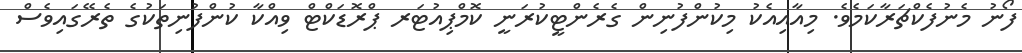
ފޯނު މެނުފެކްޗަރާކަމެވެ. މިއާއިއެކު މިކުންފުނިން ގެރެންޓީކުރަނީ ކޮމްޕިއުޓަރ ޕްރޮޑަކްޓް ވިއްކާ ކުންފުނިތަކުގެ ތެރޭގައިވެސް